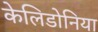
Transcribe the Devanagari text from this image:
केलिडोनिया